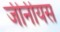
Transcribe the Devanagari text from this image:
जीनीयस